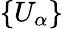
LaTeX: \{ U_{\alpha}\}